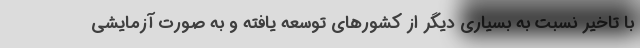
با تاخیر نسبت به بسیاری دیگر از کشورهای توسعه یافته و به صورت آزمایشی